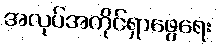
အလုပ်အကိုင်ရှာဖွေရေး